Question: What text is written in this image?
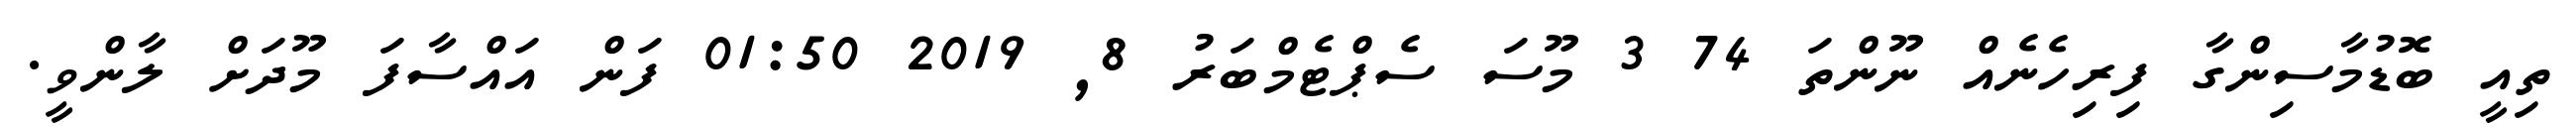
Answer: ތިއީ ބޮޑުމާސިންގާ ފިރިހެނެއް ނޫންތަ 74 3 މޫސަ ސެޕްޓެމްބަރު 8, 2019 01:50 ފަން އައްސާފަ މޫދަށް ލާންވީ.